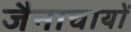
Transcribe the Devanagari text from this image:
जैनाचायों